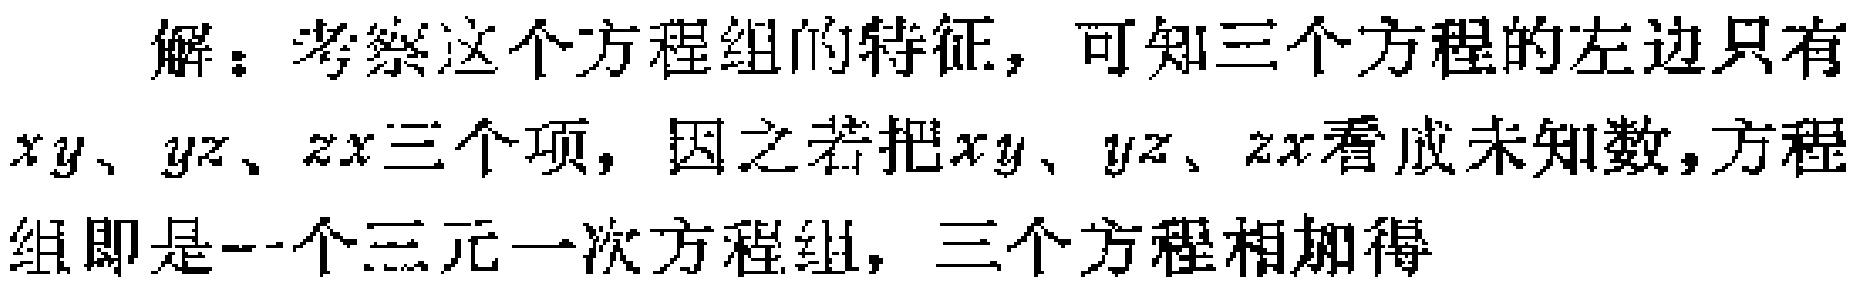
解：考察这个方程组的特征，可知三个方程的左边只有\(xy、yz、zx\)三个项，因之若把\(xy、yz、zx\)看成未知数，方程组即是一个三元一次方程组，三个方程相加得